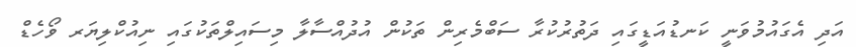
އަދި އެގައުމުވަނީ ކަނޑުއަޑީގައި ދަތުރުކުރާ ސަބްމެރިން ތަކުން އުދުއްސާލާ މިސައިލްތަކުގައި ނިއުކްލިޔަރ ވޯހެޑް